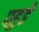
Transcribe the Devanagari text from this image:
पहुडे